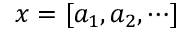
x = [ a _ { 1 } , a _ { 2 } , \cdots ]